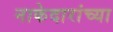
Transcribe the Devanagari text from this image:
नाकेदारांच्या